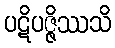
ပဋိပဇ္ဇိဿသိ